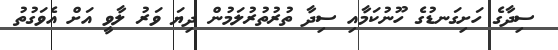
ސިދާގެ ހަށިގަނޑުގެ ހޫނުކަމާއި ސިދާ ތުރުތުރުލަމުން ދިޔަ ވަރު ލާވީ އަށް އެވަގުތު